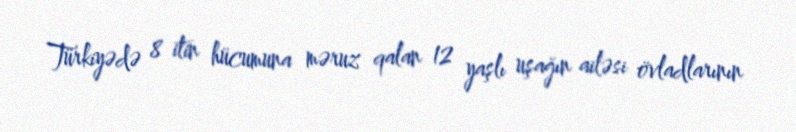
Türkiyədə 8 itin hücumuna məruz qalan 12 yaşlı uşağın ailəsi övladlarının